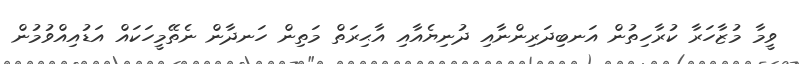
ވީމާ މުޒާހަރާ ކުރާހިތުން އަނބިދަރިންނާއި ދުނިޔެއާއި އާޙިރަތް މަތިން ހަނދާން ނެތޭމީހަކައް އަޑުއިއްވުމުން